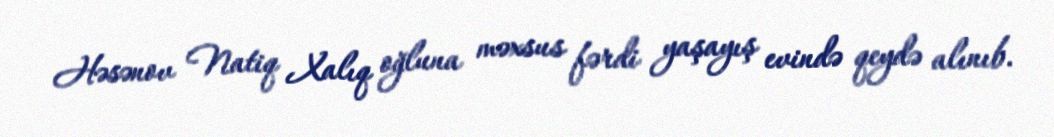
Həsənov Natiq Xalıq oğluna məxsus fərdi yaşayış evində qeydə alınıb.